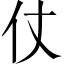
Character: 仗